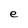
Character: e